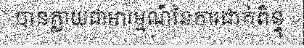
បានក្លាយជាអារម្មណ៍នៃការដាក់ពិន្ទុ